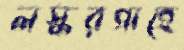
লস্করগাহে